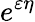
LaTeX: e^{\varepsilon\eta}